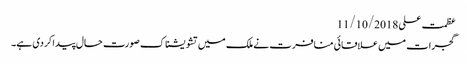
عظمت علی 11/10/2018
گجرات میں علاقائی منافرت نے ملک میں تشویشناک صورت حال پیدا کردی ہے۔